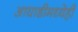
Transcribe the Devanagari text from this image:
आघाडीमध्येही